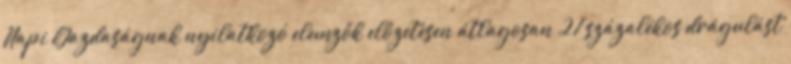
Napi Gazdaságnak nyilatkozó elemzők előzetesen átlagosan 2,1 százalékos drágulást